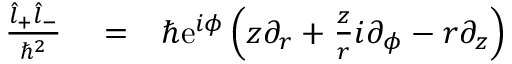
\begin{array} { r l r } { \frac { \hat { l } _ { + } \hat { l } _ { - } } { \hbar ^ { 2 } } } & { { } = } & { \hbar \mathrm { e } ^ { i \phi } \left( z \partial _ { r } + \frac { z } { r } i \partial _ { \phi } - r \partial _ { z } \right) } \end{array}